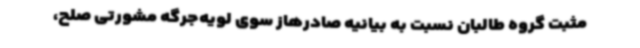
مثبت گروه طالبان نسبت به بیانیه صادرهاز سوی لویه‌جرگه مشورتی صلح،